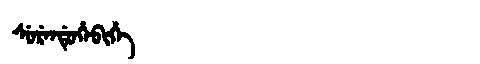
Manchu: ᠰᡠᡵᡝᠨᡩᡠᡥᡝᠪᡳᡥᡝ
Romanization: SURENDUHEBIHE